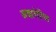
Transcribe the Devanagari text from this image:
अद्यारोपित